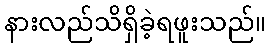
နားလည်သိရှိခဲ့ရဖူးသည်။